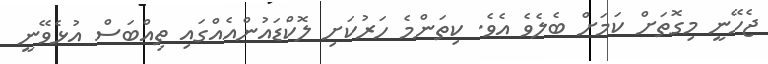
ޖެހޭނީ މިގޮތަށް ކަމަށް ބެލެވެ އެވެ. ކިތަންމެ ހަރުކަށި ލޮކްޑައުންއެއްގައި ތިއްބަސް އުޅެވޭނީ